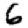
Digit: 6